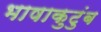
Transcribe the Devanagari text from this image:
भाषाकुटुंब